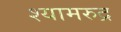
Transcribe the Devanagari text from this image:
श्यामरुद्र